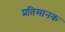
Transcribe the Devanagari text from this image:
प्रतिमानक